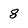
Character: 8